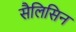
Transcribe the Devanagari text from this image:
सैलिसिन